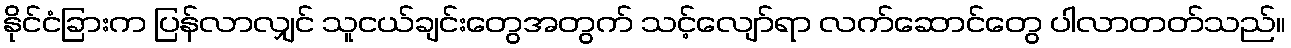
နိုင်ငံခြားက ပြန်လာလျှင် သူငယ်ချင်းတွေအတွက် သင့်လျော်ရာ လက်ဆောင်တွေ ပါလာတတ်သည်။